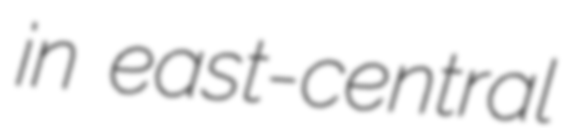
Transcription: in east-central